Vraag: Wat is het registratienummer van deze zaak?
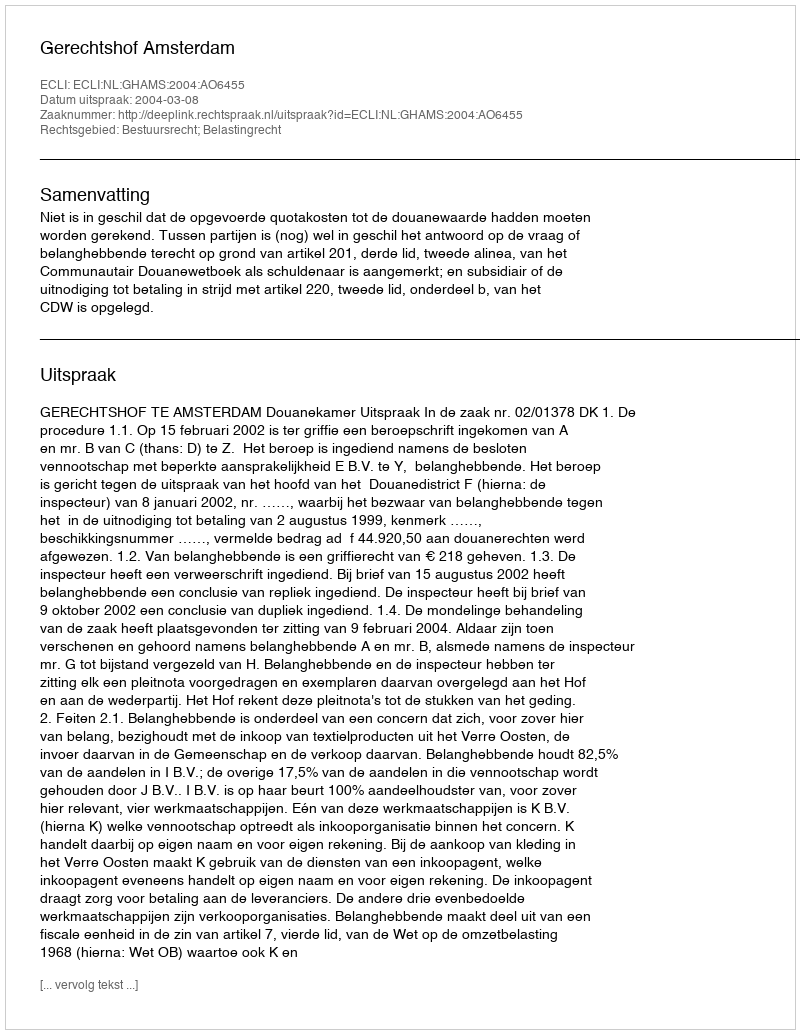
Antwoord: http://deeplink.rechtspraak.nl/uitspraak?id=ECLI:NL:GHAMS:2004:AO6455